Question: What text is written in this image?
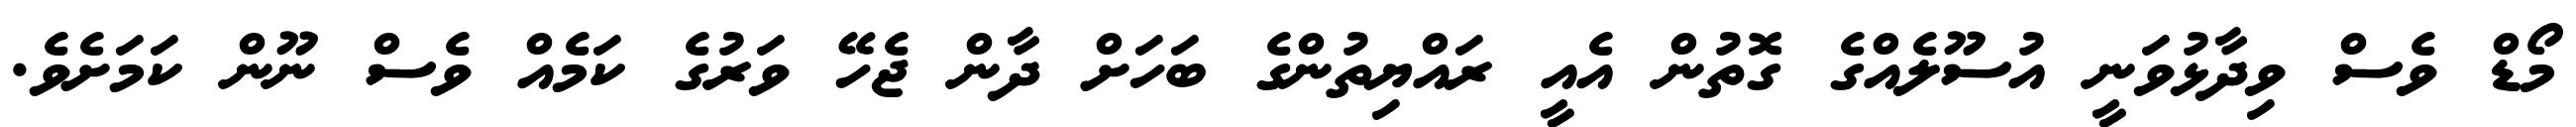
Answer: މޯޑް ވެސް ވިދާޅުވަނީ އުސޫލެއްގެ ގޮތުން އެއީ ރައްޔިތުންގެ ބަހަށް ދާން ޖެހޭ ވަރުގެ ކަމެއް ވެސް ނޫން ކަމަށެވެ.